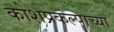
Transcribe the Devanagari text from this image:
कोशप्रकल्पाच्या